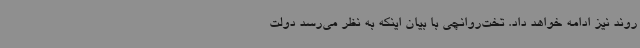
روند نیز ادامه خواهد داد. تخت‌روانچی با بیان اینکه به نظر می‌رسد دولت